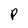
Character: p